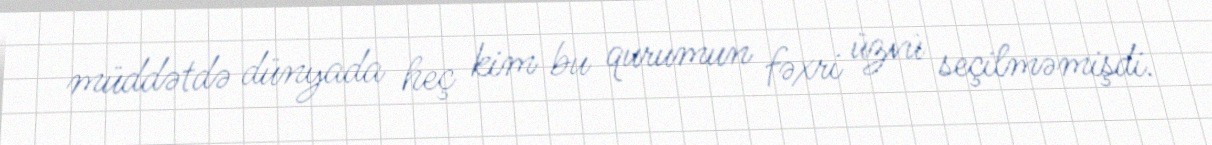
müddətdə dünyada heç kim bu qurumun fəxri üzvü seçilməmişdi.